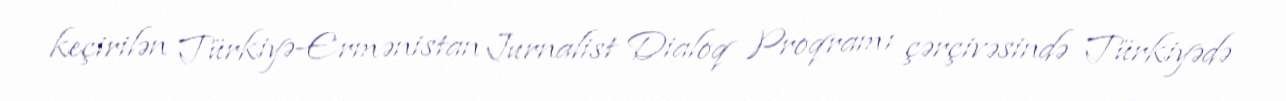
keçirilən Türkiyə-Ermənistan Jurnalist Dialoq Proqramı çərçivəsində Türkiyədə